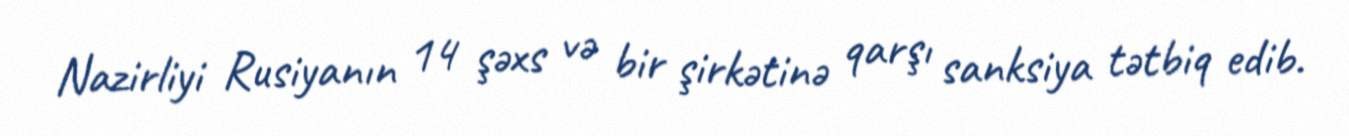
Nazirliyi Rusiyanın 14 şəxs və bir şirkətinə qarşı sanksiya tətbiq edib.